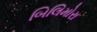
બિલિમોરા